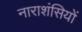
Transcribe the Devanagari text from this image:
नाराशंसियों